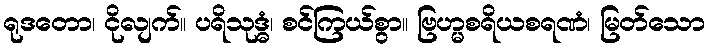
ရုဒတော၊ ငိုလျက်။ ပရိသုဒ္ဓံ၊ စင်ကြယ်စွာ။ ဗြဟ္မစရိယစရဏံ၊ မြတ်သော